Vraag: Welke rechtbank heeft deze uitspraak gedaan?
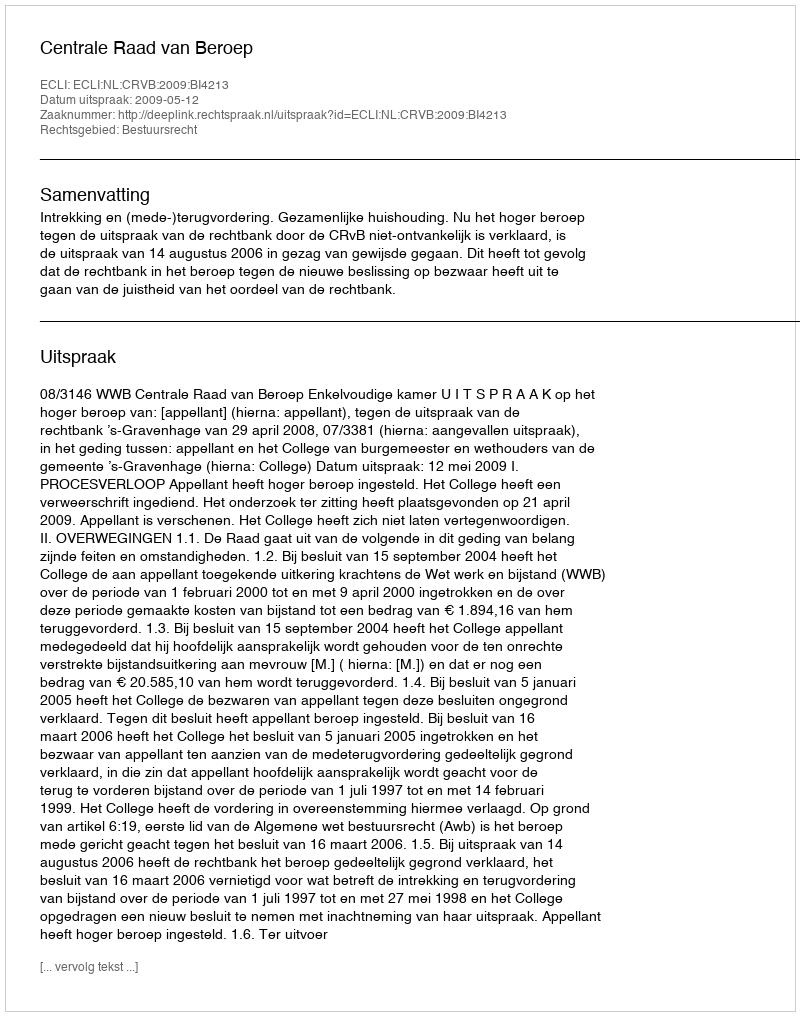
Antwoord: Centrale Raad van Beroep